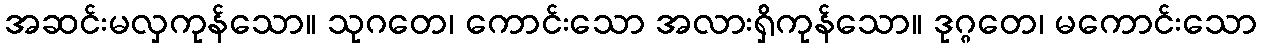
အဆင်းမလှကုန်သော။ သုဂတေ၊ ကောင်းသော အလားရှိကုန်သော။ ဒုဂ္ဂတေ၊ မကောင်းသော